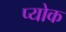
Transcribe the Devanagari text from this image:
प्योक